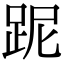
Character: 跜